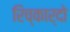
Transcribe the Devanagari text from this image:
रिच्कार्दो